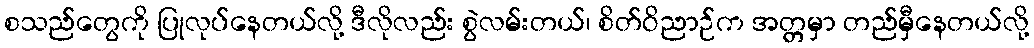
စသည်တွေကို ပြုလုပ်နေတယ်လို့ ဒီလိုလည်း စွဲလမ်းတယ်၊ စိတ်ဝိညာဉ်က အတ္တမှာ တည်မှီနေတယ်လို့